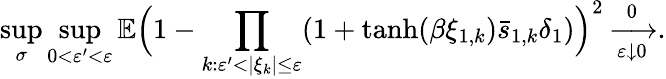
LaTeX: \operatorname*{sup}_{\sigma}\operatorname*{sup}_{0<\varepsilon^{\prime}<\varepsilon}\mathbb E\Bigl(1-\prod_{k:\varepsilon^{\prime}<|\xi_{k}|\le\varepsilon}(1+\operatorname{tanh}(\beta\xi_{1,k})\bar{s}_{1,k}\delta_{1})\Bigr)^{2}\xrightarrow[\varepsilon\downarrow 0]0.